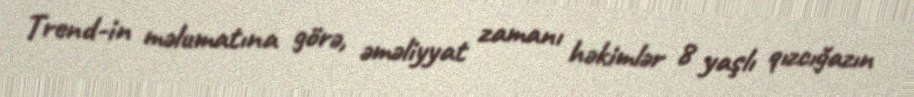
Trend-in məlumatına görə, əməliyyat zamanı həkimlər 8 yaşlı qızcığazın